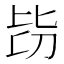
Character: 𣬇